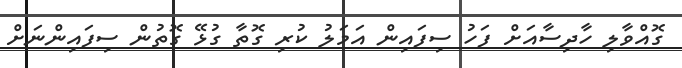
ގޮއްވާލި ހާދިސާއަށް ފަހު ސިފައިން އަމަލު ކުރި ގޮތާ ގުޅޭ ގޮތުން ސިފައިންނަށް